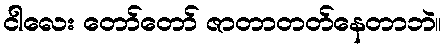
ငါလေး တော်တော် ဇာတာတတ်နေတာဘဲ။